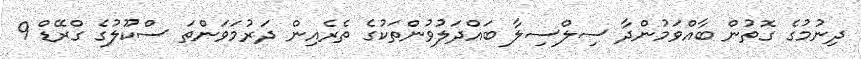
ދިނުމުގެ ގޮތުން ބާއްވަމުންދާ ސިލްސިލާ ބައްދަލުވުންތަކުގެ ތެރެއިން ދަރުމަވަންތަ ސްކޫލުގެ ގްރޭޑް 9